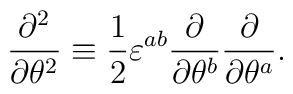
\frac{\partial^2}{\partial\theta^2}\equiv\frac{1}{2}\varepsilon^{ab} \frac{\partial}{\partial\theta^b}\frac{\partial}{\partial\theta^a}.